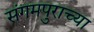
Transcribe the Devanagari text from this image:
संगमपुराच्या